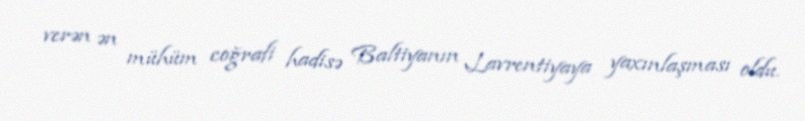
verən ən mühüm coğrafi hadisə Baltiyanın Lavrentiyaya yaxınlaşması oldu.